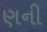
ણની